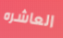
العاشره